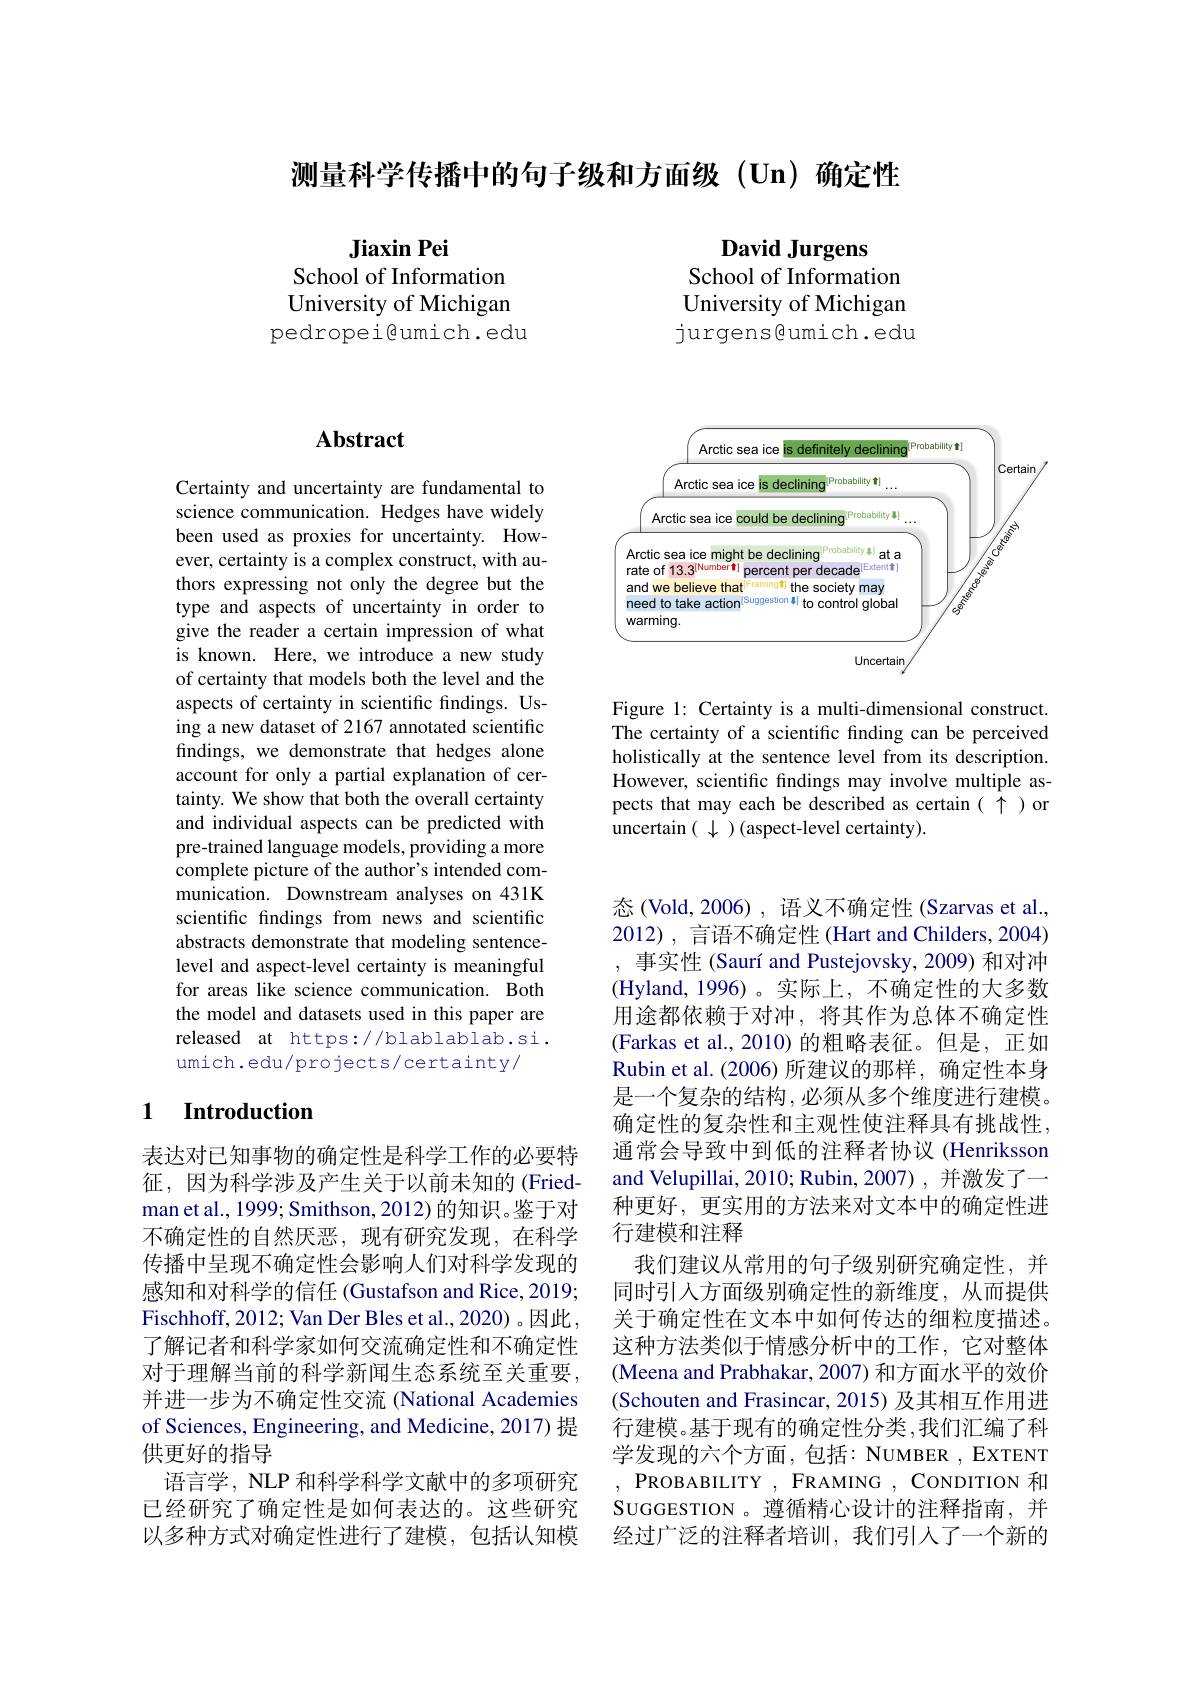
测量科学传播中的句子级和方面级(Un)确定性

$\textbf{Jiaxin Pei}$
School of Information University of Michigan pedropei@umich.edu

David Jurgens
School of Information University of Michigan jurgens@umich.edu

## $\mathbf{Abstract}$

Certainty and uncertainty are fundamental to science communication. Hedges have widely been used as proxies for uncertainty. However, certainty is a complex construct, with authors expressing not only the degree but the type and aspects of uncertainty in order to give the reader a certain impression of what is known. Here, we introduce a new study of certainty that models both the level and the aspects of certainty in scientific findings. Using a new dataset of 2167 annotated scientific findings, we demonstrate that hedges alone account for only a partial explanation of certainty. We show that both the overall certainty and individual aspects can be predicted with pre-trained language models, providing a more complete picture of the author's intended communication. Downstream analyses on 431K scientific findings from news and scientific abstracts demonstrate that modeling sentencelevel and aspect-level certainty is meaningful for areas like science communication. Both the model and datasets used in this paper are released at https://blablablab.si. umich.edu/projects/certainty/

## 1 $\textbf{Introduction}$

表达对已知事物的确定性是科学工作的必要特征，因为科学涉及产生关于以前未知的(Friedman et al., 1999; Smithson, 2012) 的知识。鉴于对不确定性的自然厌恶，现有研究发现，在科学传播中呈现不确定性会影响人们对科学发现的感知和对科学的信任 (Gustafson and Rice, 2019; Fischhoff, 2012; Van Der Bles et al., 2020) 。因此， 了解记者和科学家如何交流确定性和不确定性对于理解当前的科学新闻生态系统至关重要并进一步为不确定性交流 (National Academies of Sciences, Engineering, and Medicine, 2017) 提供更好的指导
语言学，NLP 和科学科学文献中的多项研究已经研究了确定性是如何表达的。这些研究以多种方式对确定性进行了建模，包括认知模

<FigureHere>

Figure 1: Certainty is a multi-dimensional construct. The certainty of a scientific fnding can be perceived holistically at the sentence level from its description. However, scientific findings may involve multiple aspects that may each be described as certain( $\uparrow$ )or uncertain $(\downarrow)$ (aspect-level certainty).

态(Vold,2006),语义不确定性(Szarvas et al., 2012), 言语不确定性 (Hart and Childers, 2004) , 事实性 (Saurí and Pustejovsky, 2009) 和对冲(Hyland, 1996)。实际上，不确定性的大多数用途都依赖于对冲，将其作为总体不确定性(Farkas et al., 2010) 的粗略表征。但是，正如Rubin et al.(2006)所建议的那样，确定性本身是一个复杂的结构，必须从多个维度进行建模。确定性的复杂性和主观性使注释具有挑战性， 通常会导致中到低的注释者协议 (Henriksson and Velupillai, 2010; Rubin, 2007) , 并激发了一种更好，更实用的方法来对文本中的确定性进行建模和注释
我们建议从常用的句子级别研究确定性，并同时引入方面级别确定性的新维度，从而提供关于确定性在文本中如何传达的细粒度描述。这种方法类似于情感分析中的工作，它对整体(Meena and Prabhakar, 2007) 和方面水平的效价(Schouten and Frasincar, 2015) 及其相互作用进行建模。基于现有的确定性分类，我们汇编了科学发现的六个方面，包括：NUMBER , EXTENT PROBABILITY, FRAMING , CONDITION 和SUGGESTION 。遵循精心设计的注释指南，并经过广泛的注释者培训，我们引人了一个新的